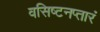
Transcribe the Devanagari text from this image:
वसिष्टनप्तारं